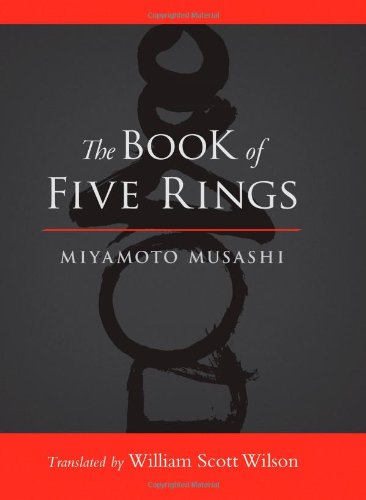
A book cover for The Book of Five Rings; Miyamoto Musashi; Engineering & Transportation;